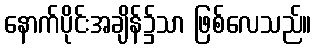
နောက်ပိုင်းအချိန်၌သာ ဖြစ်လေသည်။